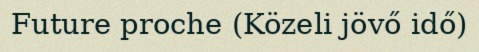
Future proche (Közeli jövő idő)